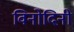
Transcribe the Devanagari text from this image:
विनोदिनी